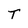
Character: T